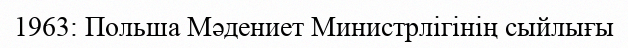
1963: Польша Мәдениет Министрлігінің сыйлығы